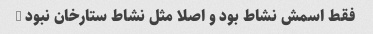
فقط اسمش نشاط بود و اصلا مثل نشاط ستارخان نبود …